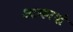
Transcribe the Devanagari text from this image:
आकाशे